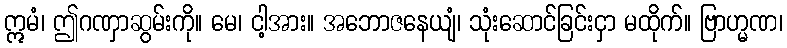
ဣမံ၊ ဤဂဏှာဆွမ်းကို။ မေ၊ ငါ့အား။ အဘောဇနေယျံ၊ သုံးဆောင်ခြင်းငှာ မထိုက်။ ဗြာဟ္မဏ၊